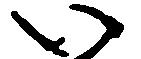
い